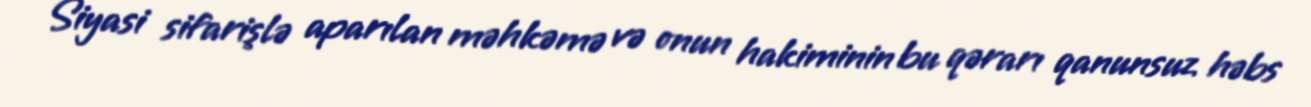
Siyasi sifarişlə aparılan məhkəmə və onun hakiminin bu qərarı qanunsuz həbs